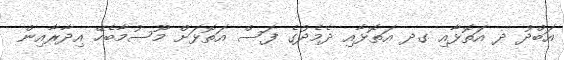
އަބްދު ދ އަތޮޅާއި ގދ އަތޮޅާއި ދެމެދުގެ ފަސް އަތޮޅަށް މޫސުމާބެހޭ އިދާރާއިން